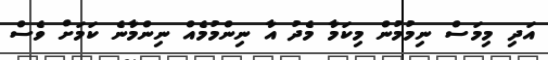
އަދި މިމަސް ނިމުމުން މިކަމާ މެދު އާ ނިންމުމެއް ނިންމާނެ ކަމަށް ވެސް